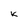
Character: K